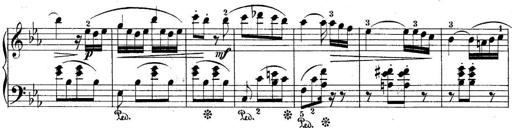
Title: 10 Sonatines progressives
Composer: Anton Schmoll